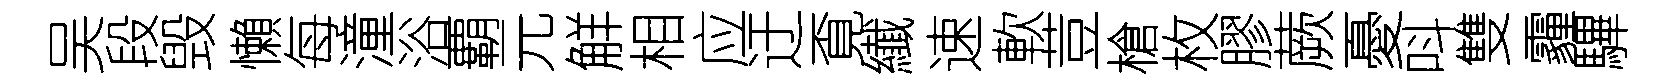
吴段毁懶每潼浴覇元觧相应迂覔纎速軟荳槍枚膠蕨憂呌雙霾驆